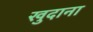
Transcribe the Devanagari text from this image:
खुदाना